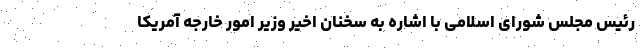
رئیس مجلس شورای اسلامی با اشاره به سخنان اخیر وزیر امور خارجه آمریکا